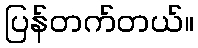
ပြန်တက်တယ်။